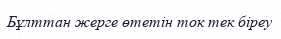
Бұлттан жерге өтетін ток тек біреу